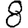
Digit: 8